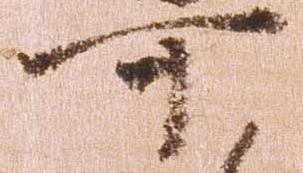
可